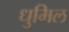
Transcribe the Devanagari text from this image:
धुमिल